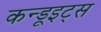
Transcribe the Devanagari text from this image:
कन्डूइट्स